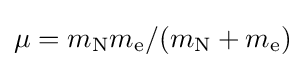
{\textstyle \mu ={m_{\mathrm {N} }m_{\mathrm {e} }}/{(m_{\mathrm {N} }+m_{\mathrm {e} })}}